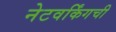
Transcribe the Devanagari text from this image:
नेटवर्किंगची